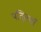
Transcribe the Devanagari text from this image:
पति्तयाँ